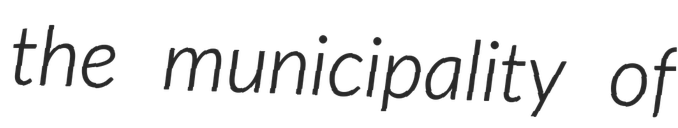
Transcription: the municipality of